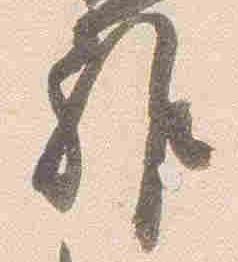
雅